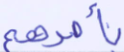
بأمرهم